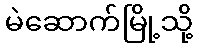
မဲဆောက်မြို့သို့